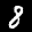
Label: 8